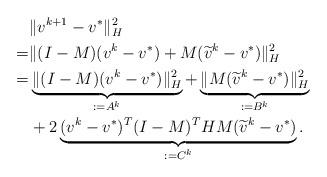
LaTeX: \begin{align*}\begin{aligned}&\|v^{k+1}-v^*\|^2_{H}\\=&\|(I-M)(v^k-v^*)+M(\widetilde{v}^k-v^*)\|^2_H\\=&\underbrace{\|(I-M)(v^k-v^*)\|^2_H}_{:=A^k}+\underbrace{\|M(\widetilde{v}^k-v^*)\|^2_H}_{:=B^k}\\&+2\underbrace{(v^k-v^*)^T(I-M)^THM(\widetilde{v}^k-v^*)}_{:=C^k}.\end{aligned}\end{align*}